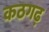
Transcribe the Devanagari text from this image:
कठगढ़